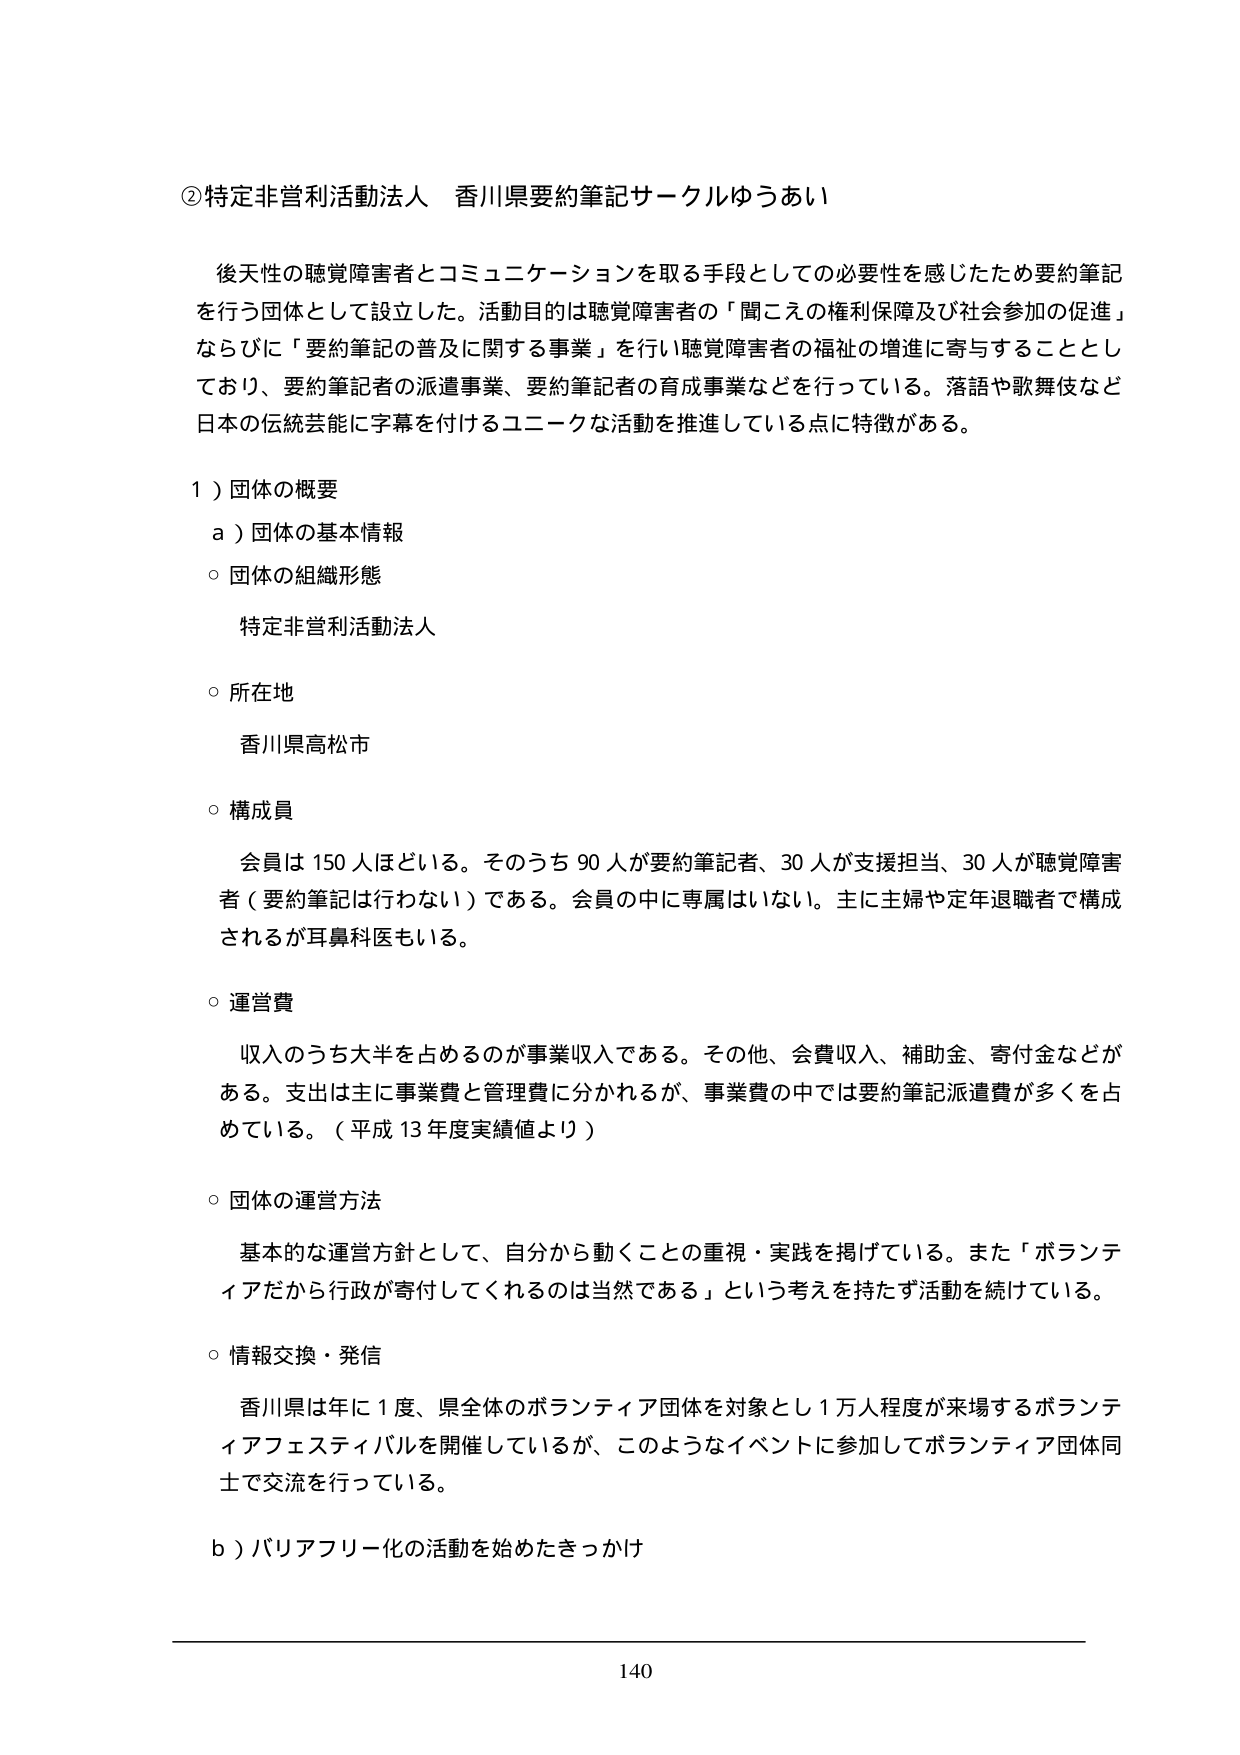
②特定非営利活動法人 香川県要約筆記サークルゆうあい

後天性の聴覚障害者とコミュニケーションを取る手段としての必要性を感じたため要約筆記を行う団体として設立した。活動目的は聴覚障害者の「聞こえの権利保障及び社会参加の促進」ならびに「要約筆記の普及に関する事業」を行い聴覚障害者の福祉の増進に寄与することとしており、要約筆記者の派遣事業、要約筆記者の育成事業などを行っている。落語や歌舞伎など日本の伝統芸能に字幕を付けるユニークな活動を推進している点に特徴がある。

１）団体の概要
ａ）団体の基本情報
○ 団体の組織形態
　特定非営利活動法人
○ 所在地
　香川県高松市
○ 構成員
　会員は150人ほどいる。そのうち90人が要約筆記者、30人が支援担当、30人が聴覚障害者（要約筆記は行わない）である。会員の中に専属はいない。主に主婦や定年退職者で構成されるが耳鼻科医もいる。
○ 運営費
　収入のうち大半を占めるのが事業収入である。その他、会費収入、補助金、寄付金などがある。支出は主に事業費と管理費に分かれるが、事業費の中では要約筆記派遣費が多くを占めている。（平成13年度実績値より）
○ 団体の運営方法
　基本的な運営方針として、自分から動くことの重視・実践を掲げている。また「ボランティアだから行政が寄付してくれるのは当然である」という考えを持たず活動を続けている。
○ 情報交換・発信
　香川県は年に1度、県全体のボランティア団体を対象とし1万人程度が来場するボランティアフェスティバルを開催しているが、このようなイベントに参加してボランティア団体同士で交流を行っている。
ｂ）バリアフリー化の活動を始めたきっかけ

140